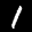
Label: 1